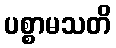
ပစ္စာမသတိ